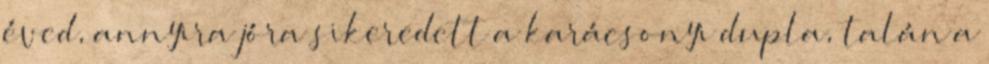
éved, annyira jóra sikeredett a karácsonyi dupla, talán a